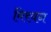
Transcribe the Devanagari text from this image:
मिरयन